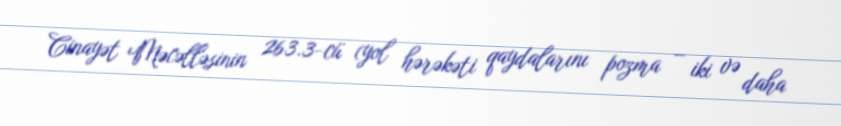
Cinayət Məcəlləsinin 263.3-cü (yol hərəkəti qaydalarını pozma – iki və daha